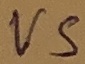
Text: VS